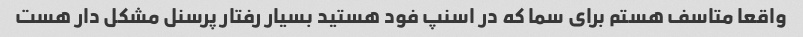
واقعا متاسف هستم برای سما که در اسنپ فود هستید بسیار رفتار پرسنل مشکل دار هست